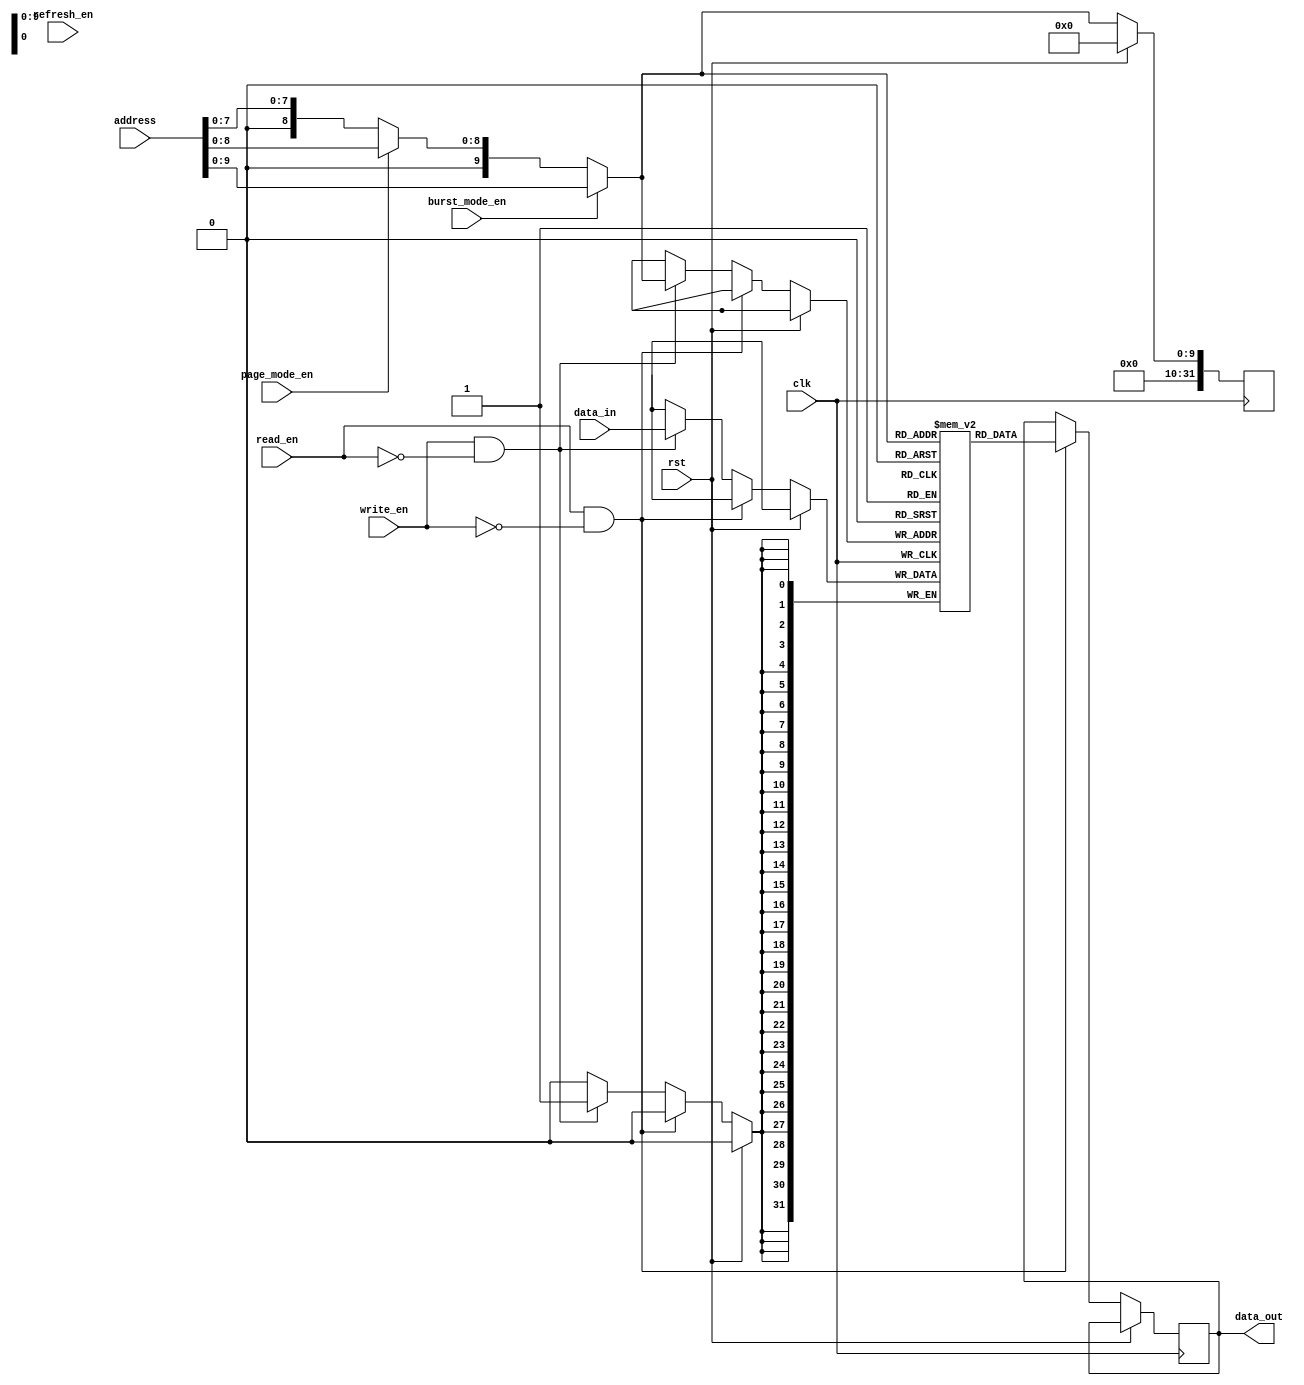
module SDRAM (
  input wire clk,
  input wire rst,
  input wire [31:0] address,
  input wire [31:0] data_in,
  output wire [31:0] data_out,
  input wire read_en,
  input wire write_en,
  input wire refresh_en,
  input wire burst_mode_en,
  input wire page_mode_en
);

parameter MEM_BLOCK_SIZE = 32; // Number of bits in each Memory Block

reg [31:0] memory [0:1023]; // 1024 Memory Blocks

reg [31:0] selected_address;
reg [31:0] read_data;

always @(posedge clk) begin
  if (rst) begin
    selected_address <= 0;
  end else begin
    if (read_en && !write_en) begin
      read_data <= memory[selected_address];
    end else if (write_en && !read_en) begin
      memory[selected_address] <= data_in;
    end
  end
end

// Address decoding logic
always @* begin
  if (burst_mode_en) begin
    selected_address <= address[9:0]; // Select Memory Block based on lower 10 bits of address
  end else if (page_mode_en) begin
    selected_address <= address[8:0]; // Select Memory Block based on lower 9 bits of address
  end else begin
    selected_address <= address[7:0]; // Select Memory Block based on lower 8 bits of address
  end
end

assign data_out = read_data;

endmodule